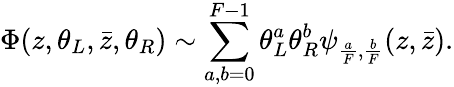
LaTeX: \Phi(z,\theta_{L},\bar{z},\theta_{R})\sim\sum_{a,b=0}^{F-1}\theta_{L}^{a}\theta_{R}^{b}\psi_{{\frac{a}{F}},{\frac{b}{F}}}(z,{\bar{z}}).